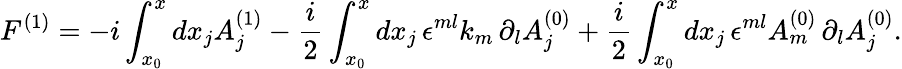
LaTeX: F^{(1)}=-i\int_{x_{0}}^{x}dx_{j}A_{j}^{(1)}-\frac{i}{2}\int_{x_{0}}^{x}dx_{j}\, \epsilon^{ml}k_{m}\, \partial_{l}A_{j}^{(0)}+\frac{i}{2}\int_{x_{0}}^{x}dx_{j}\, \epsilon^{ml}A_{m}^{(0)}\, \partial_{l}A_{j}^{(0)}.